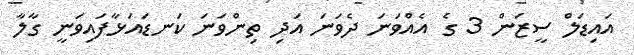
އައިޑަލް ސީޒަން 3 ގެ އެއްވަނަ ދެވަނަ އަދި ތިންވަނަ ކަނޑައަޅާފައިވަނީ ގާލާ